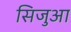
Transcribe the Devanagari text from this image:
सिजुआ